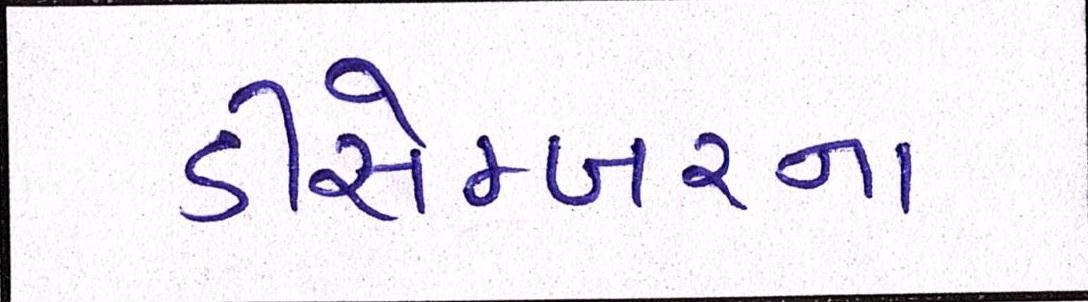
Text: ડીસેમ્બરના